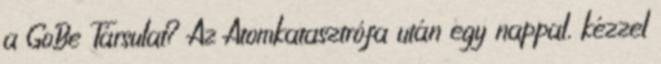
a GoBe Társulat? Az Atomkatasztrófa után egy nappal, kézzel